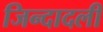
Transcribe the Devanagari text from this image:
जिन्दादली